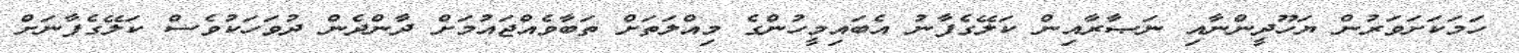
ހަމަކަށަވަރުން ޔަހޫދީންނާއި ނަޞާރާއިން ކަލޭގެފާނު އެބައިމީހުންގެ މިއްލަތަށް ތަބާވެއްޖައުމަށް ދާންދެން ދުވަހަކުވެސް ކަލޭގެފާނަށް